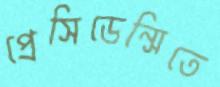
প্রেসিডেন্সিতে